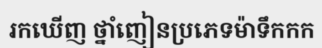
រកឃើញ ថ្នាំញៀនប្រភេទម៉ាទឹកកក